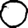
Digit: 0